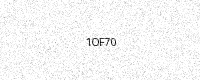
Text: 1OF70